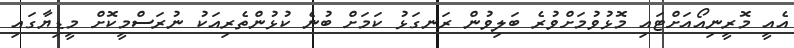
އެއީ މޮރީނިއޯއަށްޓައި މޮޅުވުމަށްވުރެ ބަލިވުން ރަނގަޅު ކަމަށް ބުނެ ކުޅުންތެރިއަކު ނުރަސްމީކޮށް މީޑިޔާގައި